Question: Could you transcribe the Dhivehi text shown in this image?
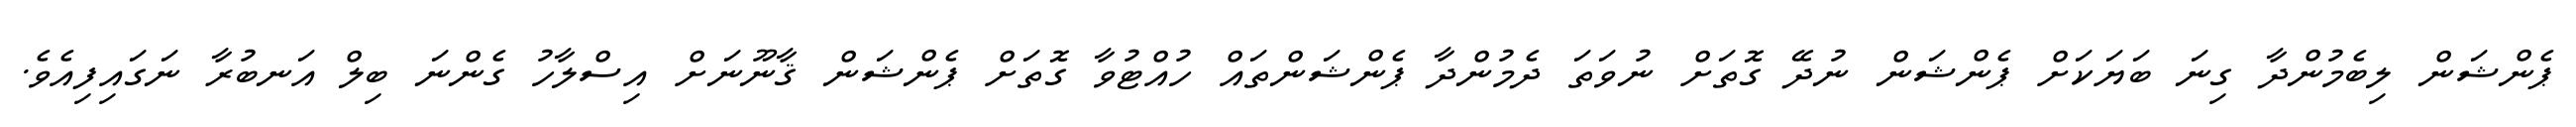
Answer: ޕެންޝަން ލިބެމުންދާ ގިނަ ބަޔަކަށް ޕެންޝަން ނުދޭ ގޮތަށް ނުވަތަ ދެމުންދާ ޕެންޝަންތައް ހުއްޓުވާ ގޮތަށް ޕެންޝަން ޤާނޫނަށް އިސްލާހު ގެންނަ ބިލް އަނބުރާ ނަގައިފިއެވެ.